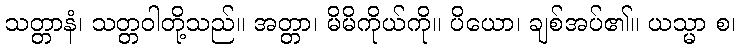
သတ္တာနံ၊ သတ္တဝါတို့သည်။ အတ္တာ၊ မိမိကိုယ်ကို။ ပိယော၊ ချစ်အပ်၏။ ယသ္မာ စ၊